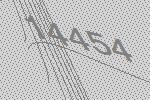
14454